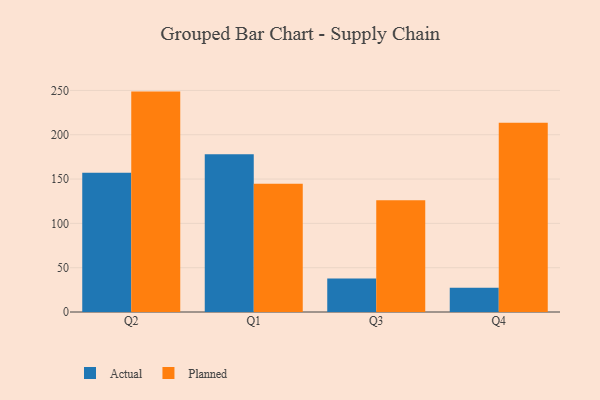
{"axis": {"x": "Quarter", "y": "Website Visitors"}, "legend": ["Actual", "Planned"], "data": [{"x": "Q2", "y": 157.1, "type": "Actual"}, {"x": "Q2", "y": 248.7, "type": "Planned"}, {"x": "Q1", "y": 178.1, "type": "Actual"}, {"x": "Q1", "y": 144.8, "type": "Planned"}, {"x": "Q3", "y": 37.9, "type": "Actual"}, {"x": "Q3", "y": 126.1, "type": "Planned"}, {"x": "Q4", "y": 27.5, "type": "Actual"}, {"x": "Q4", "y": 213.5, "type": "Planned"}]}